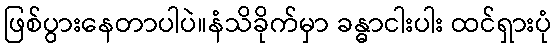
ဖြစ်ပွားနေတာပါပဲ။နံသိခိုက်မှာ ခန္ဓာငါးပါး ထင်ရှားပုံ